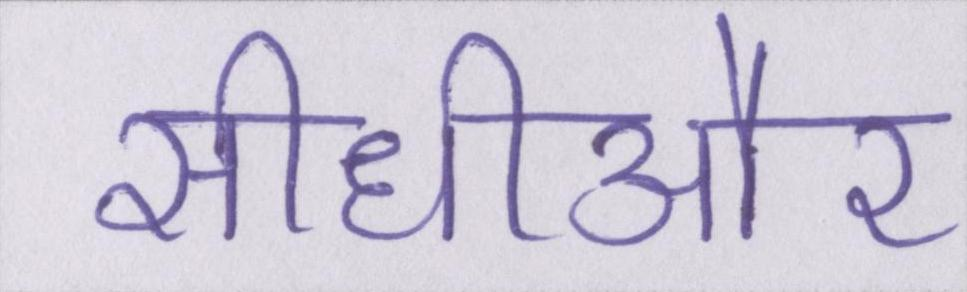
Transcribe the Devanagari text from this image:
सीधीऔर